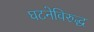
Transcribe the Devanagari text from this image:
घटनेविरुद्ध